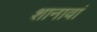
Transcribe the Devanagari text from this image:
शानावां